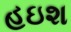
હઇશ